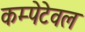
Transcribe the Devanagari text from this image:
कम्पेटेवल